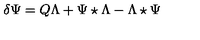
\delta \Psi = Q \Lambda + \Psi \star \Lambda - \Lambda \star \Psi